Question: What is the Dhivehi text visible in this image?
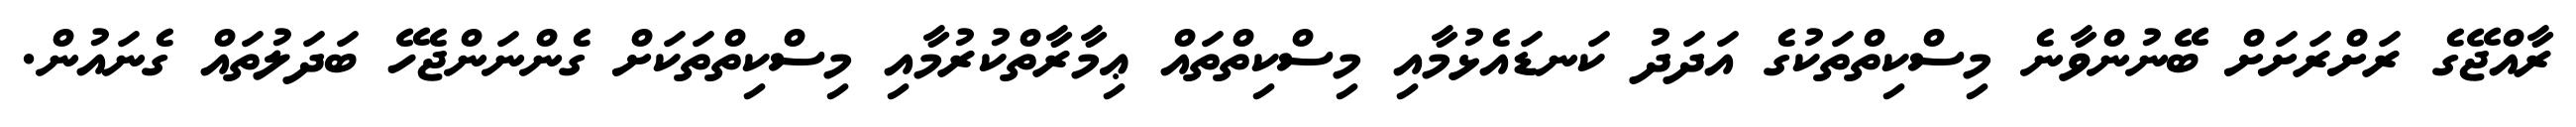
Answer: ރާއްޖޭގެ ރަށްރަށަށް ބޭނުންވާނެ މިސްކިތްތަކުގެ އަދަދު ކަނޑައެޅުމާއި މިސްކިތްތައް ޢިމާރާތްކުރުމާއި މިސްކިތްތަކަށް ގެންނަންޖެހޭ ބަދަލުތައް ގެނައުން.